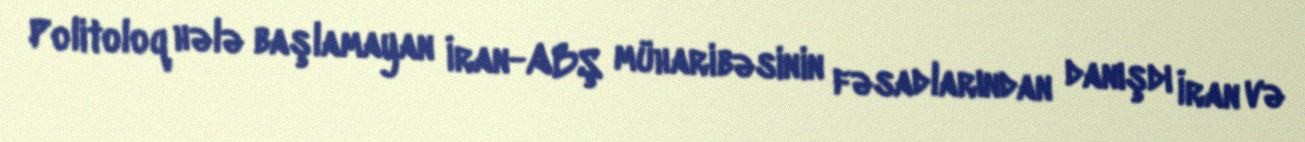
Politoloq hələ başlamayan İran-ABŞ müharibəsinin fəsadlarından danışdı İran və